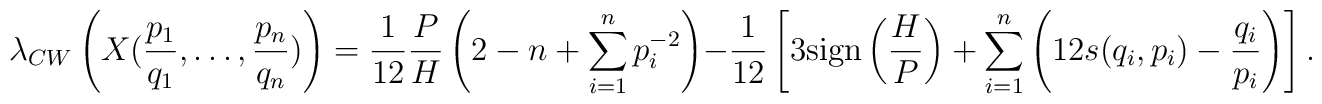
\lambda_{CW}\left(X(\frac{p_{1}}{q_{1}},\ldots,\frac{p_{n}}{q_{n}})\right)=\frac{1}{12}\frac{P}{H}\left(2-n+\sum_{i=1}^{n}p_{i}^{-2}\right)-\frac{1}{12}\left[3{\rm sign}\left(\frac{H}{P}\right)+\sum_{i=1}^{n}\left(12s(q_{i},p_{i})-\frac{q_{i}}{p_{i}}\right)\right].